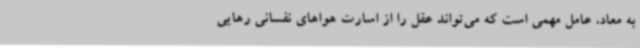
به معاد، عامل مهمی است که می‌تواند عقل را از اسارت هواهای نفسانی رهایی